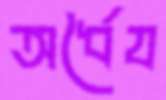
অর্ধৈয